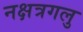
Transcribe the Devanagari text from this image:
नक्षत्रगलु